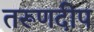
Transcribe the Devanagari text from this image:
तरूणदीप